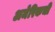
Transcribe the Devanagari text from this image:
अमेरिकची